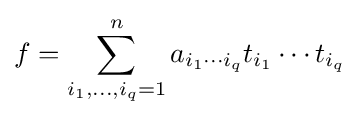
f=\sum _{i_{1},\dots ,i_{q}=1}^{n}a_{i_{1}\cdots i_{q}}t_{i_{1}}\cdots t_{i_{q}}